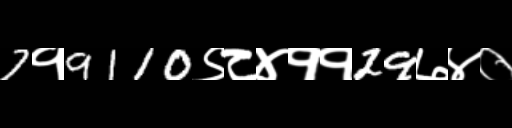
Text: 7१9110९८४११29७४०